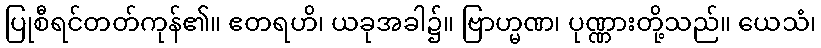
ပြုစီရင်တတ်ကုန်၏။ ဧတရဟိ၊ ယခုအခါ၌။ ဗြာဟ္မဏ၊ ပုဏ္ဏားတို့သည်။ ယေသံ၊